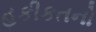
હકીકતનો